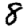
Digit: 8